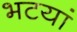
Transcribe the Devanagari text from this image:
भटयां